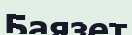
Баязет